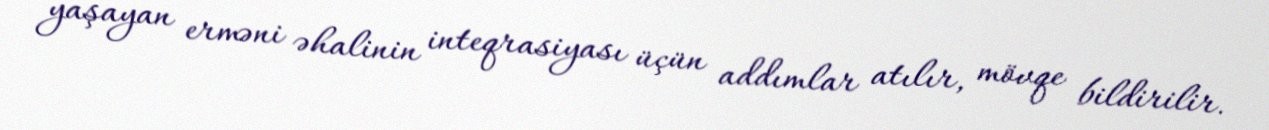
yaşayan erməni əhalinin inteqrasiyası üçün addımlar atılır, mövqe bildirilir.